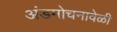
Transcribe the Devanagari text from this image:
अंडमोचनावेळी